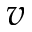
v